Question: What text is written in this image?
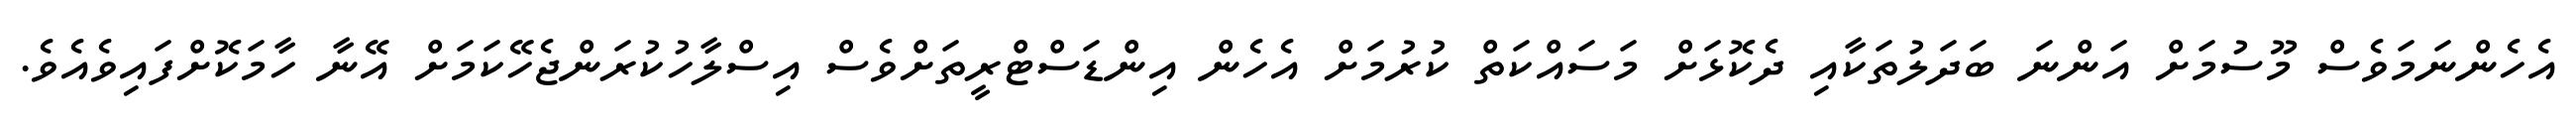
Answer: އެހެންނަމަވެސް މޫސުމަށް އަންނަ ބަދަލުތަކާއި ދެކޮޅަށް މަސައްކަތް ކުރުމަށް އެހެން އިންޑަސްޓްރީތަށްވެސް އިސްލާހުކުރަންޖެހޭކަމަށް އޭނާ ހާމަކޮށްފައިވެއެވެ.